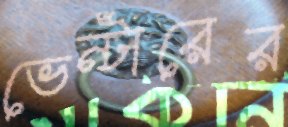
ভেন্টারের